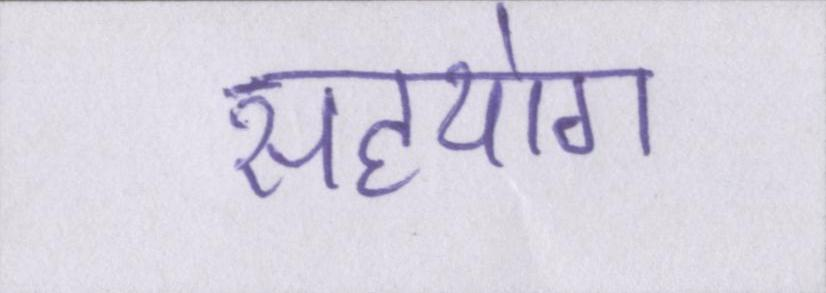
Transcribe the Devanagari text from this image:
सहयोग